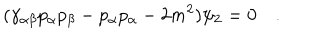
LaTeX: ( \gamma _ { \alpha \beta } p _ { \alpha } p _ { \beta } - p _ { \alpha } p _ { \alpha } - 2 m ^ { 2 } ) \psi _ { 2 } = 0 \quad .